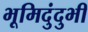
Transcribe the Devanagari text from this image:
भूमिदुंदुभी